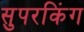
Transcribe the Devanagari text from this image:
सुपरकिंग